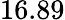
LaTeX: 16.89